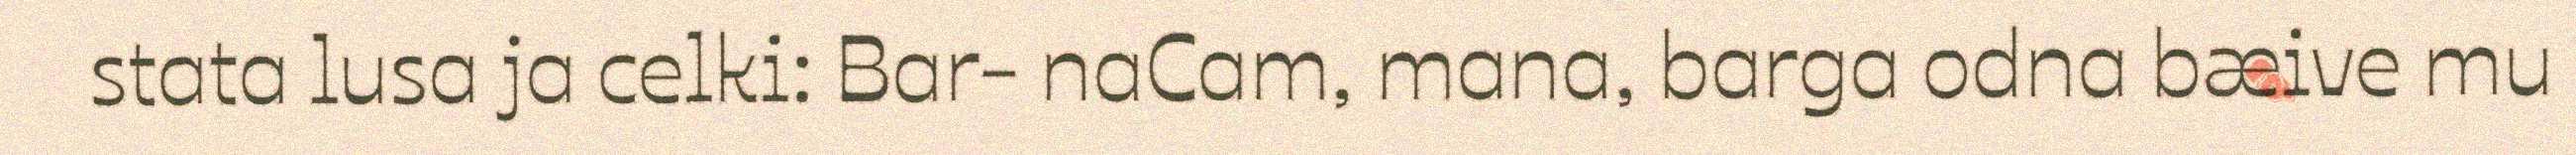
stata lusa ja celki: Bar- naCam, mana, barga odna bæive mu